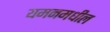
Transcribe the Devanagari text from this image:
यमनमधील